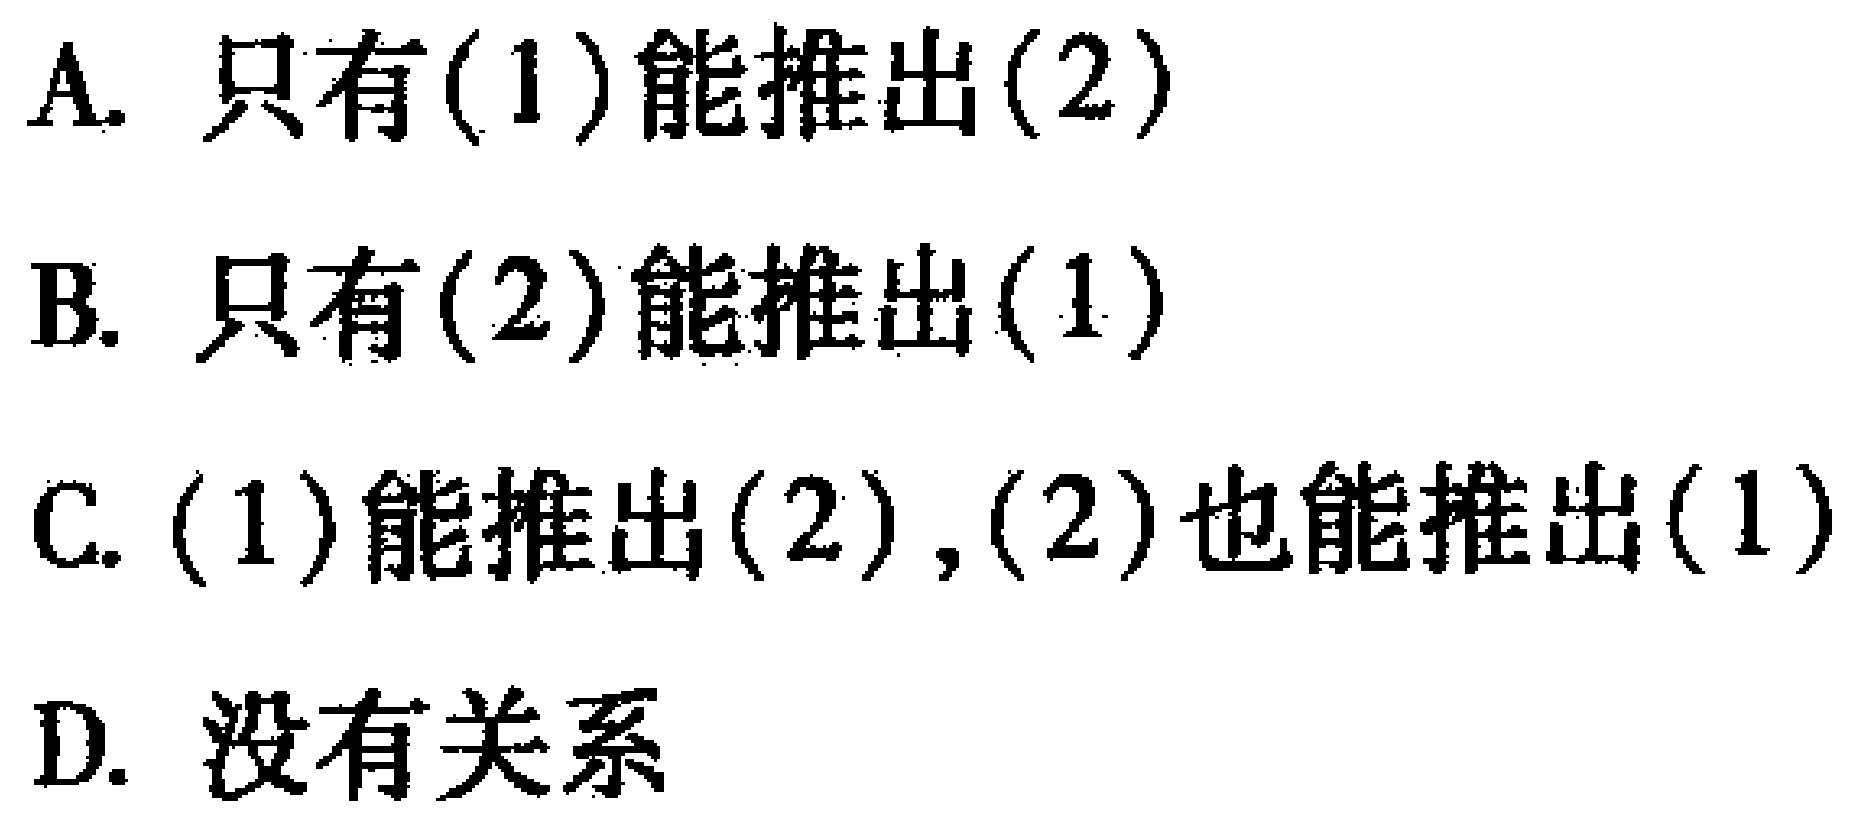
A. 只有(1)能推出(2)
B. 只有(2)能推出(1)
C. (1)能推出(2),(2)也能推出(1)
D. 没有关系